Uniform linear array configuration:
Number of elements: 48
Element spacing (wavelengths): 0.25
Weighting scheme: cosine
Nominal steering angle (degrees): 0
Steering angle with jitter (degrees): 0.3611
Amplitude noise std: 0.05
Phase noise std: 0.05

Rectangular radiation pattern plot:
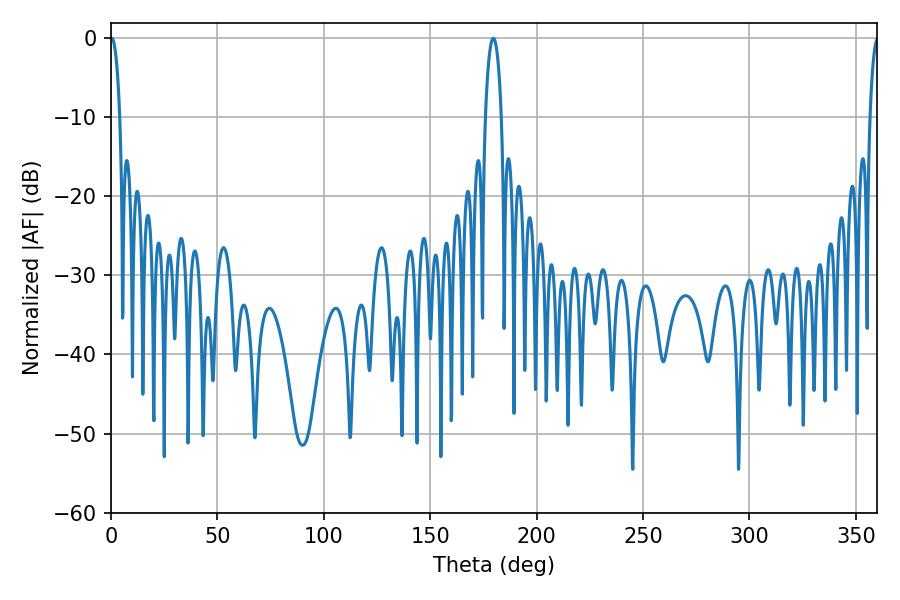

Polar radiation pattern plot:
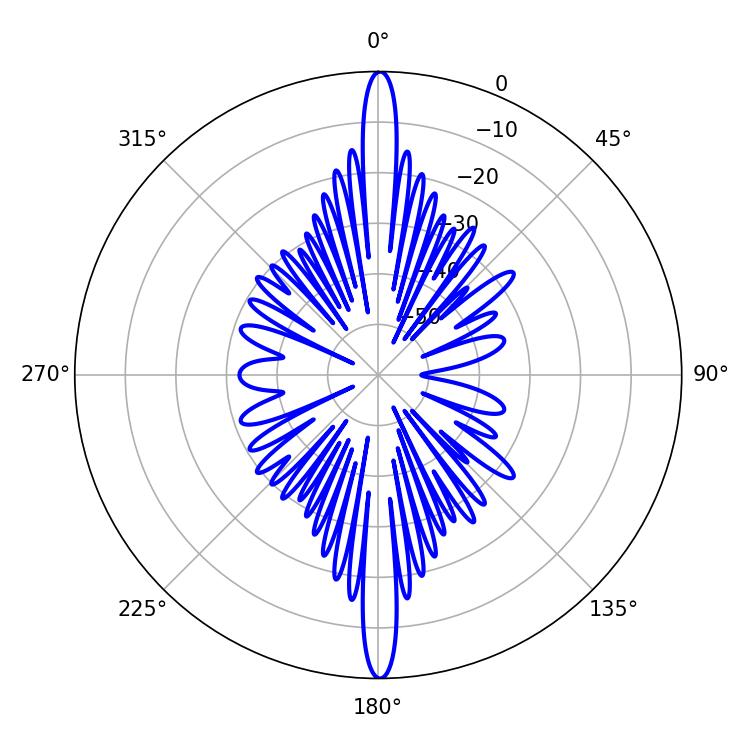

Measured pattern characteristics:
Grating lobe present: FALSE
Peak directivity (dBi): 32.72
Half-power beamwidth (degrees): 2.52
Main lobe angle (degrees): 0.36